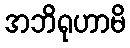
အဘိရုဟာမိ